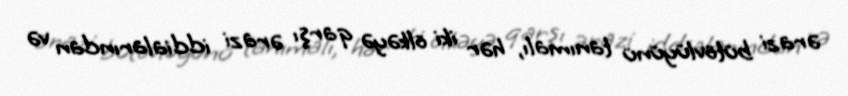
ərazi bütövlüyünü tanımalı, hər iki ölkəyə qarşı ərazi iddialarından və